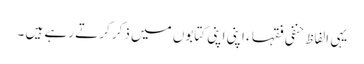
یہی الفاظ حنفی فقہا ء اپنی اپنی کتابوں میں ذکر کرتے رہے ہیں ۔